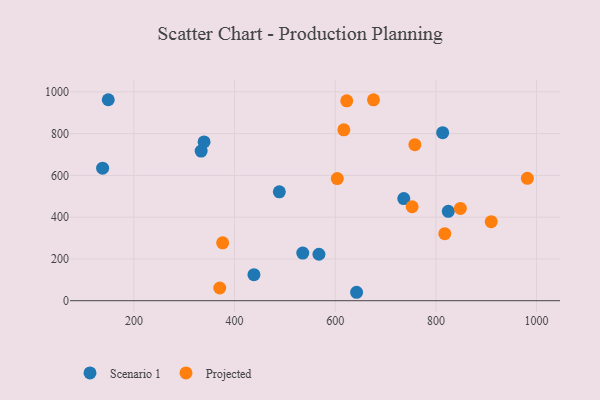
{"axis": {"x": "Speed", "y": "Profit"}, "legend": ["Projected", "Scenario 1"], "data": [{"x": "149.1", "y": 962.4, "type": "Scenario 1"}, {"x": "488.9", "y": 521.4, "type": "Scenario 1"}, {"x": "736.2", "y": 489.2, "type": "Scenario 1"}, {"x": "339.4", "y": 760.5, "type": "Scenario 1"}, {"x": "824.6", "y": 428.2, "type": "Scenario 1"}, {"x": "813.4", "y": 804.6, "type": "Scenario 1"}, {"x": "642.4", "y": 40.4, "type": "Scenario 1"}, {"x": "535.5", "y": 227.9, "type": "Scenario 1"}, {"x": "567.6", "y": 222.4, "type": "Scenario 1"}, {"x": "137.9", "y": 634.6, "type": "Scenario 1"}, {"x": "333.6", "y": 716.6, "type": "Scenario 1"}, {"x": "438.5", "y": 124.7, "type": "Scenario 1"}, {"x": "758.2", "y": 747.2, "type": "Projected"}, {"x": "376.3", "y": 277.2, "type": "Projected"}, {"x": "817.6", "y": 321.2, "type": "Projected"}, {"x": "617.1", "y": 818.5, "type": "Projected"}, {"x": "622.9", "y": 956.9, "type": "Projected"}, {"x": "370.6", "y": 60.9, "type": "Projected"}, {"x": "752.8", "y": 450.0, "type": "Projected"}, {"x": "848.6", "y": 441.7, "type": "Projected"}, {"x": "981.7", "y": 586.2, "type": "Projected"}, {"x": "676.0", "y": 961.8, "type": "Projected"}, {"x": "604.1", "y": 584.8, "type": "Projected"}, {"x": "909.9", "y": 378.3, "type": "Projected"}]}